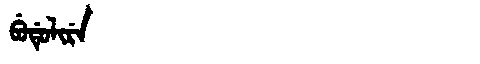
Manchu: ᠪᡠᡩᡠᠯᡳᡵᡝ
Romanization: BUDULIRE